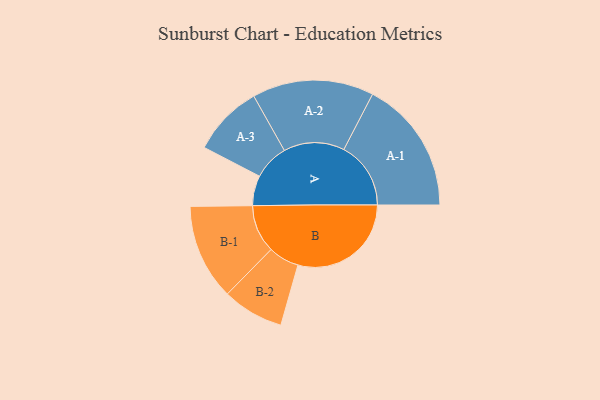
{"axis": {"x": "Segment", "y": "Value"}, "legend": ["", "A", "B"], "data": [{"x": "A", "y": 131, "type": ""}, {"x": "B", "y": 494, "type": ""}, {"x": "A-1", "y": 292, "type": "A"}, {"x": "A-2", "y": 265, "type": "A"}, {"x": "A-3", "y": 155, "type": "A"}, {"x": "B-1", "y": 209, "type": "B"}, {"x": "B-2", "y": 134, "type": "B"}]}